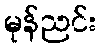
မုန်ညင်း